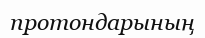
протондарының